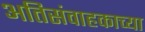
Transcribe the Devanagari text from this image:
अतिसंवाहकाच्या